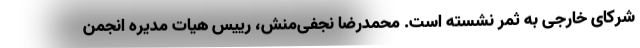
شرکای خارجی به ثمر نشسته است. محمدرضا نجفی‌منش، رییس هیات مدیره انجمن